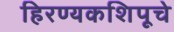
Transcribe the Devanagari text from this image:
हिरण्यकशिपूचे